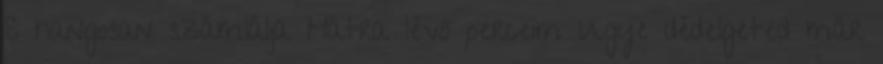
S hangosan számlálja Hátra lévő perceim Ugye dédelgeted már